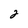
Character: 2